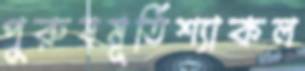
পুরুষমূর্তিশ্যাকল